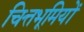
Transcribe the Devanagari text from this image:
चित्तभूमियों